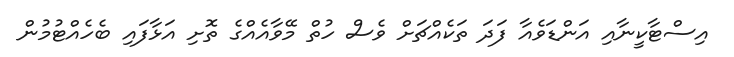
އިސްޓާކީނާއި އަންޑަވެއާ ފަދަ ތަކެއްޗަށް ވެސް ހުތް މޭވާއެއްގެ ތޮށި އަޅާފައި ބެހެއްޓުމުން